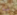
له